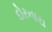
દોરનારા